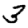
Digit: 3